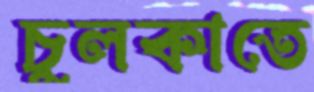
চুলকাতে